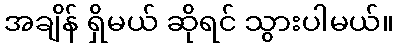
အချိန် ရှိမယ် ဆိုရင် သွားပါမယ်။